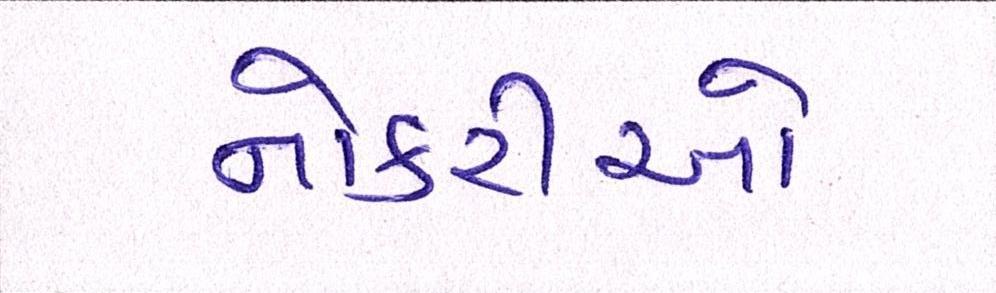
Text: નોકરીઓ